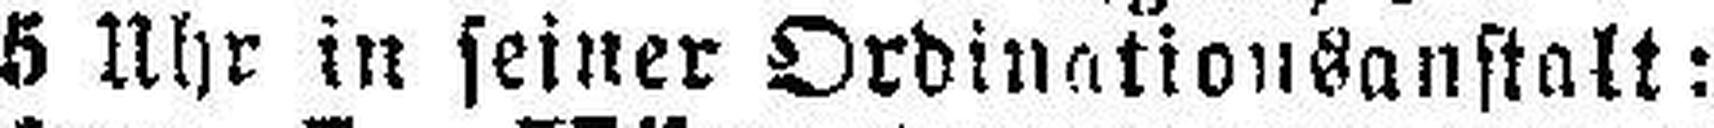
5 Uhr in seiner Ordinationsanstalt: